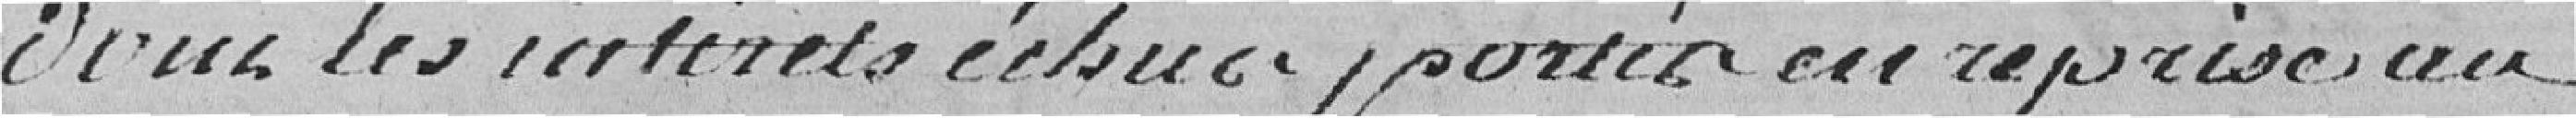
Dans les intérêts échus portés en reprise au